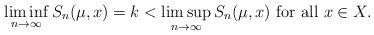
LaTeX: \begin{align*}\liminf_{n\to \infty} S_n(\mu,x)=k <\limsup_{n\to \infty} S_n(\mu,x)\mbox{ for all }x\in X.\end{align*}